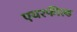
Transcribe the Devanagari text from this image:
एयरफील्‍ड